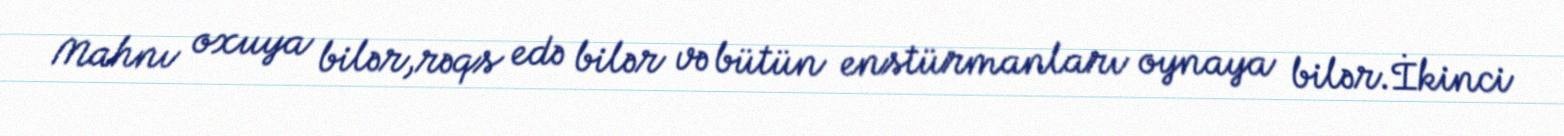
Mahnı oxuya bilər,rəqs edə bilər və bütün enstürmanları oynaya bilər.İkinci